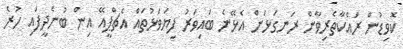
ކޮވިޑުން ރައްކާތެރިވާން ރަނގަޅަށް އެޅޭނެ ބައިވަރު ފިޔަވަޅުތައް އެޗްޕީއޭ އިން ބުނެދީފައި ހުރެ